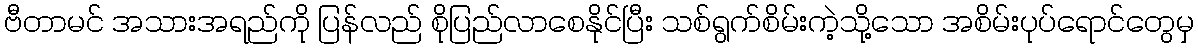
ဗီတာမင် အသားအရည်ကို ပြန်လည် စိုပြည်လာစေနိုင်ပြီး သစ်ရွက်စိမ်းကဲ့သို့သော အစိမ်းပုပ်ရောင်တွေမှ